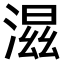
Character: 𣺝